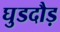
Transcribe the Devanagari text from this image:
घुडदौड़